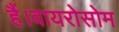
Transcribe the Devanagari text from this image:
हैं।वायरोसोम